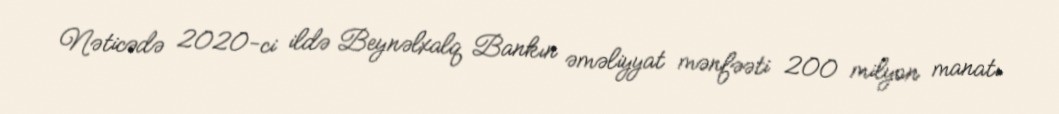
Nəticədə 2020-ci ildə Beynəlxalq Bankın əməliyyat mənfəəti 200 milyon manatı